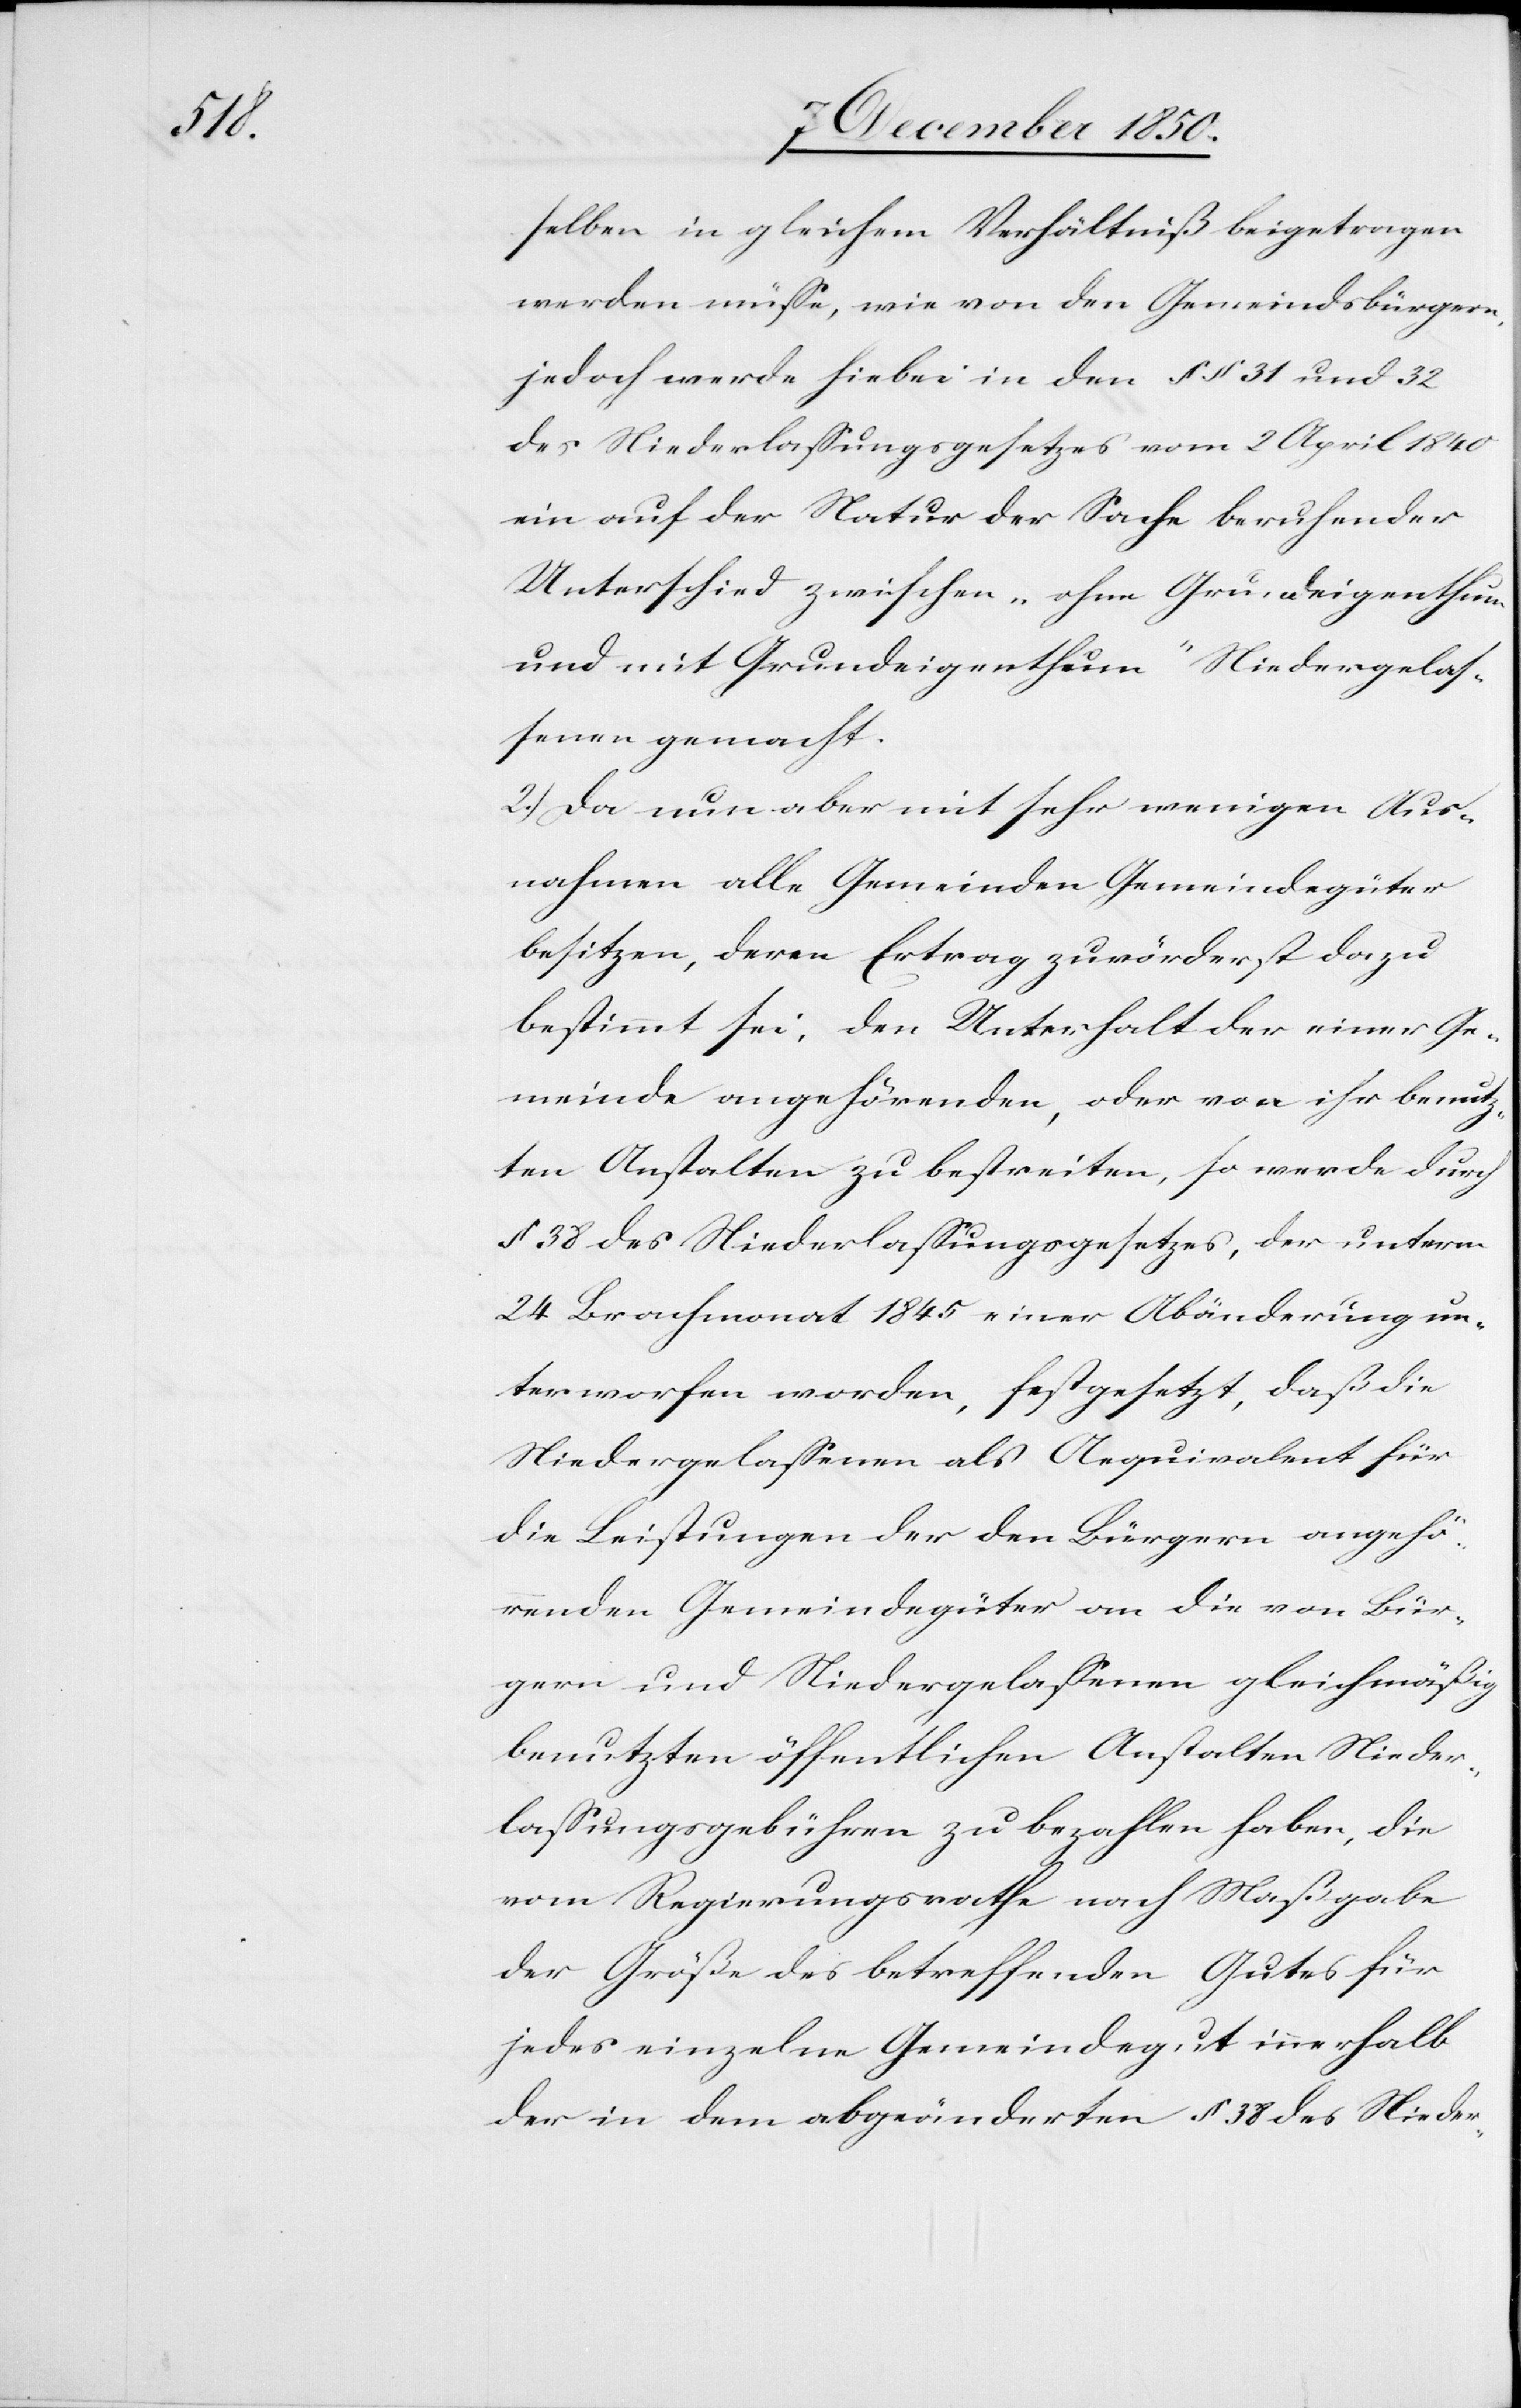
selben in gleichem Verhältniß beigetragen
werden müsse, wie von den Gemeindsbürgern,
jedoch werde hiebei in den § § 31 und 32
des Niederlassungsgesetzes vom 2 April 1840
ein auf der Natur der Sache beruhender
Unterschied zwischen „ohne Grundeigenthum
und mit Grundeigenthum“ Niedergelas¬
senen gemacht.
2.) Da nun aber mit sehr wenigen Aus¬
nahmen alle Gemeinden Gemeindegüter
besitzen, deren Ertrag zuvörderst dazu
bestimmt sei, den Unterhalt der einer Ge¬
meinde angehörenden, oder von ihr benutz¬
ten Anstalten zu bestreiten, so werde durch
§ 38 des Niederlassungsgesetzes, der unterm
24 Brachmonat 1845 einer Abänderung un¬
terworfen worden, festgesetzt, daß die
Niedergelassenen als Aequivalent für
die Leistungen der den Bürgern angehö¬
renden Gemeindegüter an die von Bür¬
gern und Niedergelassenen gleichmäßig
benutzten öffentlichen Anstalten Nieder¬
lassungsgebühren zu bezahlen haben, die
vom Regierungsrathe nach Maßgabe
der Größe des betreffenden Gutes für
jedes einzelne Gemeindegut innerhalb
der in dem abgeänderten § 38 des Nieder-